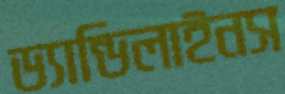
ড্যান্ডিলাইনস